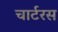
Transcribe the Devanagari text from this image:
चार्टरस